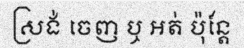
ស្រង់ ចេញ ឬ អត់ ប៉ុន្តែ